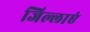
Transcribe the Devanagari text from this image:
जिल्लाएं